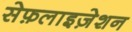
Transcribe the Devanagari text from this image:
सेफ़लाइज़ेशन